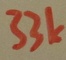
Text: 33k